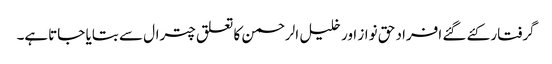
گرفتار کئے گئے افراد حق نواز اور خلیل الرحمن کا تعلق چترال سے بتایا جاتاہے۔